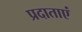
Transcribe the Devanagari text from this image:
प्रदाताएं